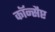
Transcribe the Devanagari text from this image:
कॉन्सैप्ट